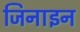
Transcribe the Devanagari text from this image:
जिनाइन